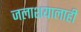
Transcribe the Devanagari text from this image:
जलाशयालाही